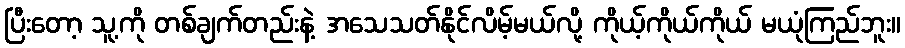
ပြီးတော့ သူ့ကို တစ်ချက်တည်းနဲ့ အသေသတ်နိုင်လိမ့်မယ်လို့ ကိုယ့်ကိုယ်ကိုယ် မယုံကြည်ဘူး။